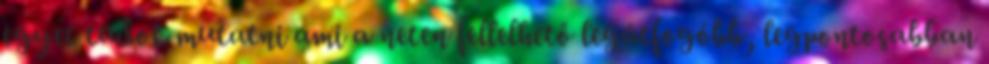
egyet tudok mutatni ami a neten fellelhető legátfogóbb, legpontosabban